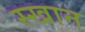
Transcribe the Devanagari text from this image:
स्खान